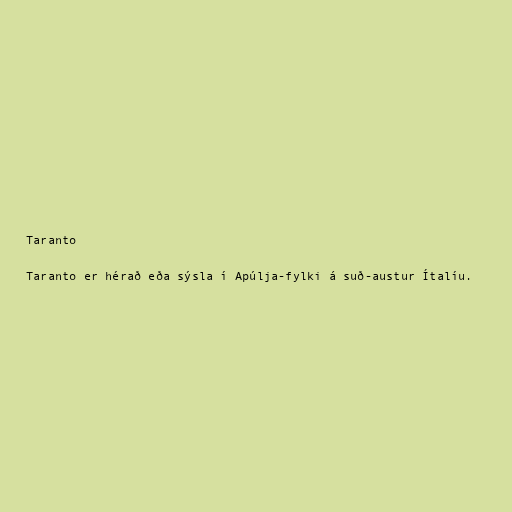
Taranto

Taranto er hérað eða sýsla í Apúlja-fylki á suð-austur Ítalíu.